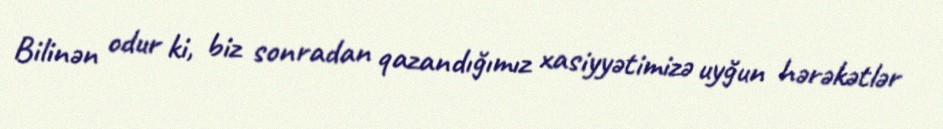
Bilinən odur ki, biz sonradan qazandığımız xasiyyətimizə uyğun hərəkətlər